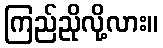
ကြည်ညိုလို့လား။